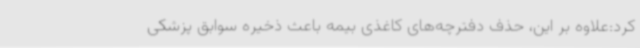
کرد:علاوه بر این، حذف دفترچه‌های کاغذی بیمه ‌باعث ذخیره سوابق پزشکی